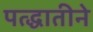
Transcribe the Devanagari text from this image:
पत्द्धातीने